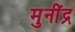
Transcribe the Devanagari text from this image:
मुनींद्र